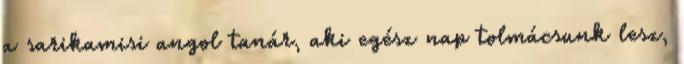
a sarikamisi angol tanár, aki egész nap tolmácsunk lesz,